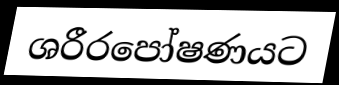
ශරීරපෝෂණයට